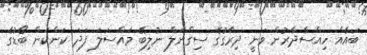
ބައެއް ހިއްސާދާރުން ވަނީ ދިރާގުގެ ސިގްނަލް ނުލިބޭ މައްސަލަ ފަދަ ކަންކަން ބޯޑުގެ